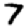
Digit: 7